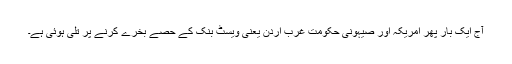
آج ایک بار پھر امریکہ اور صیہونی حکومت غرب اردن یعنی ویسٹ بنک کے حصے بخرے کرنے پر تلی ہوئی ہے۔